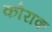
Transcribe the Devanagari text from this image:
कोराक